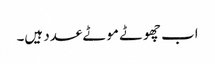
اب چھوٹے موٹے عدد ہیں۔